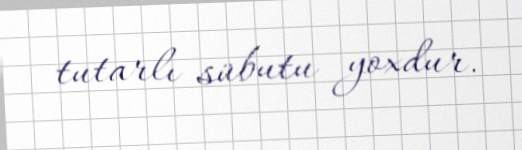
tutarlı sübutu yoxdur.